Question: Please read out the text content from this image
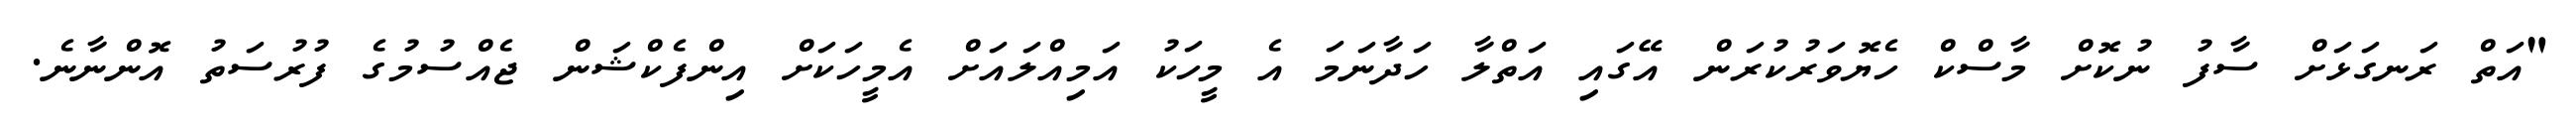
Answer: "އަތް ރަނގަޅަށް ސާފު ނުކޮށް މާސްކް ހެޔޮވަރުކުރަން އޭގައި އަތްލާ ހަދާނަމަ އެ މީހަކު އަމިއްލައަށް އެމީހަކަށް އިންފެކްޝަން ޖެއްސުމުގެ ފުރުސަތު އޮންނާނެ.